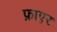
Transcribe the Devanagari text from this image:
फ्राएर